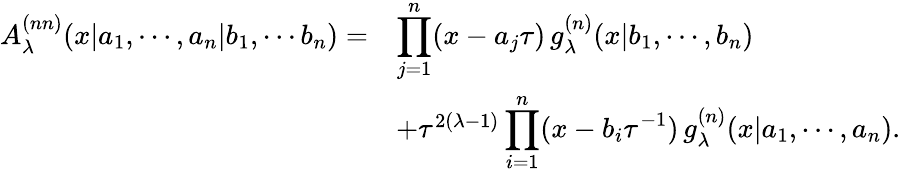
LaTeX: \begin{array}{rl}{{A_{\lambda}^{(nn)}(x|a_{1},\cdots,a_{n}|b_{1},\cdots b_{n})=}}&{{\displaystyle\prod_{j=1}^{n}(x-a_{j}\tau)\, g_{\lambda}^{(n)}(x|b_{1},\cdots,b_{n})}}\\ {{}}&{{+\tau^{2(\lambda-1)}\displaystyle\prod_{i=1}^{n}(x-b_{i}\tau^{-1})\, g_{\lambda}^{(n)}(x|a_{1},\cdots,a_{n}).}}\end{array}